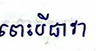
ទោះបីជាវា